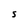
Character: S